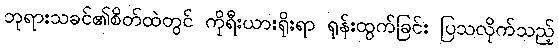
ဘုရားသခင်၏စိတ်ထဲတွင် ကိုရီးယားရိုးရာ ရုန်းထွက်ခြင်း ပြသလိုက်သည့်